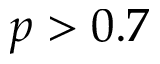
p > 0 . 7